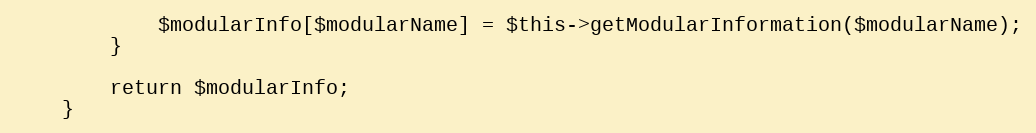
Language: PHP
            $modularInfo[$modularName] = $this->getModularInformation($modularName);
        }

        return $modularInfo;
    }